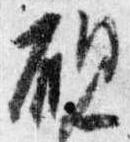
硯